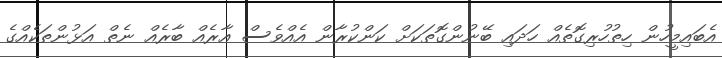
އެބައިމީހުން ހިތުހުރިގޮތެއް ހަދައި ބޭނުންގޮތަކަށް ކަންކުރާން އެއްވެސް އާރެއް ބާރެއް ނެތް އަޅުންތަކެއްގެ